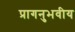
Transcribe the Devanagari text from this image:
प्रागनुभवीय